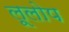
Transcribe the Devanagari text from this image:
लूलोप